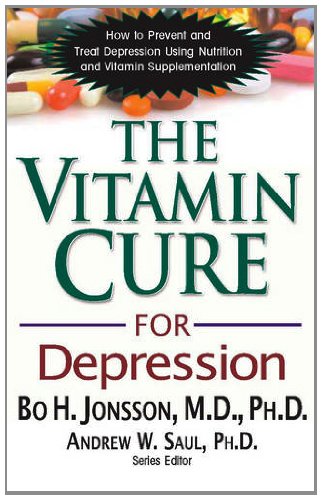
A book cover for The Vitamin Cure for Depression: How to Prevent and Treat Depression Using Nutrition and Vitamin Supplementation; Bo H. Jonsson; Health, Fitness & Dieting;